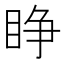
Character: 睁